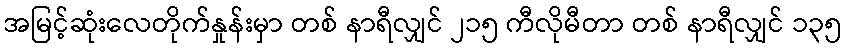
အမြင့်ဆုံးလေတိုက်နှုန်းမှာ တစ် နာရီလျှင် ၂၁၅ ကီလိုမီတာ တစ် နာရီလျှင် ၁၃၅